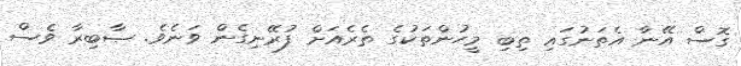
ގޮސް އޭނާ އެތަނުގައި ތިބި މީހުންތަކުގެ ތެރެއަށް ފުރޭނިގެން ވަނެވެ. ޞާބިރާ ވެސް